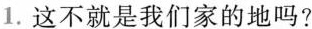
2.稻田像一块月光镀亮的银毯。 ( )